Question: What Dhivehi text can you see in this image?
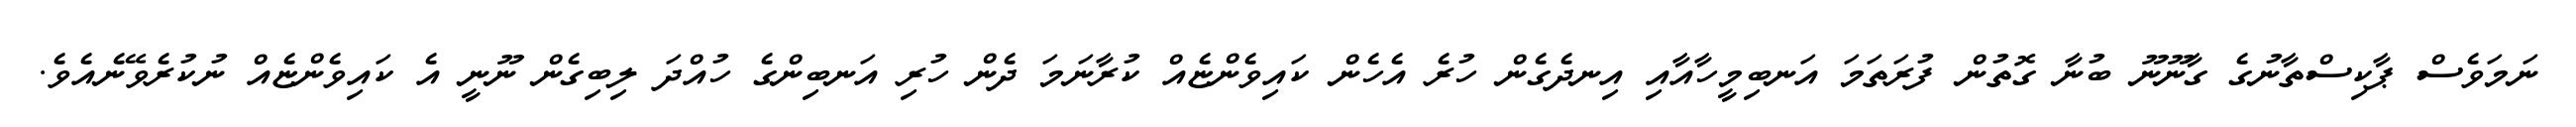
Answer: ނަމަވެސް ޕާކިސްތާނުގެ ގާނޫނޫ ބުނާ ގޮތުން ފުރަތަމަ އަނބިމީހާއާއި އިނދެގެން ހުރެ އެހެން ކައިވެންޏެއް ކުރާނަމަ ދެން ހުރި އަނބިންގެ ހުއްދަ ލިބިގެން ނޫނީ އެ ކައިވެންޏެއް ނުކުރެވޭނެއެވެ.